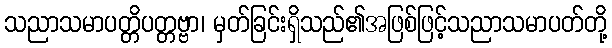
သညာသမာပတ္တိပတ္တဗ္ဗာ၊ မှတ်ခြင်းရှိသည်၏အဖြစ်ဖြင့်သညာသမာပတ်တို့